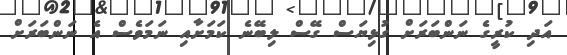
އަދި ކުރީގެ ނަންބަރަށް ގުޅިޔަސް ގޭސް ލިބޭނެ ކަމަށާއި ނަމަވެސް އެ ނަންބަރަށް